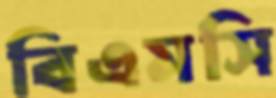
বিএমসি